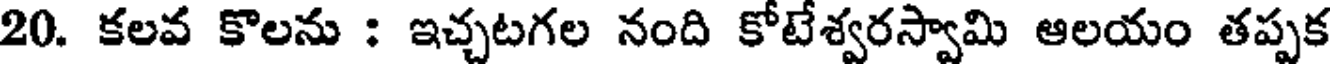
20. కలవ కొలను : ఇచ్చటగల నంది కోటేశ్వరస్వామి ఆలయం తప్పక